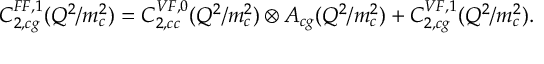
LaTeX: C _ { 2 , c g } ^ { F F , 1 } ( Q ^ { 2 } / m _ { c } ^ { 2 } ) = C _ { 2 , c c } ^ { V F , 0 } ( Q ^ { 2 } / m _ { c } ^ { 2 } ) \otimes A _ { c g } ( Q ^ { 2 } / m _ { c } ^ { 2 } ) + C _ { 2 , c g } ^ { V F , 1 } ( Q ^ { 2 } / m _ { c } ^ { 2 } ) .